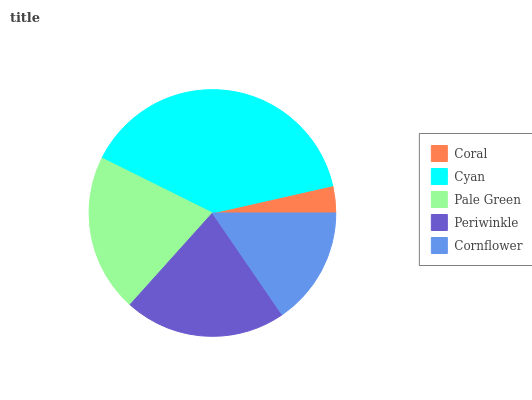
| Coral | Cyan | Pale Green | Periwinkle | Cornflower |
 | --- | --- | --- | --- | --- |
 | 3.53% | 39.2% | 20.7% | 21.2% | 15.4% |